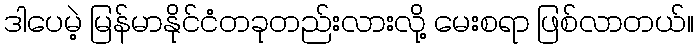
ဒါပေမဲ့ မြန်မာနိုင်ငံတခုတည်းလားလို့ မေးစရာ ဖြစ်လာတယ်။